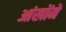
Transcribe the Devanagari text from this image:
आंखोंमें